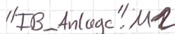
Text: "FB_Anlage".M2